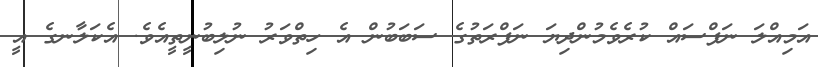
އަމިއްލަ ނަފްސައް ކުރެވެމުންދިޔަ ނަފްރަތުގެ ސަބަބުން އެ ހިތްވަރު ނުލިބުނީތީއެވެ. އެކަލާނގެ އީ